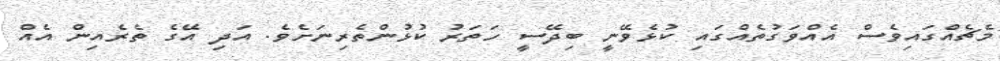
މެޗެއްގައިވެސް އެއްވަގުތެއްގައި ކުޅެވޭނީ ބިދޭސީ ހަތަރު ކުޅުންތެރިނަށެވެ. އަދި އޭގެ ތެރެއިން އެއް